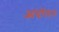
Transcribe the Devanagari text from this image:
आंदोंलन